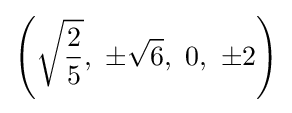
\left({\sqrt {\frac {2}{5}}},\ \pm {\sqrt {6}},\ 0,\ \pm 2\right)